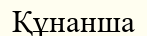
Құнанша